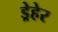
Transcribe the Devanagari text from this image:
ड्रेहेर